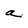
Character: a